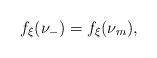
LaTeX: \begin{align*} f_\xi(\nu_-)=f_\xi(\nu_m),\end{align*}